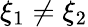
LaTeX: \xi_{1}\neq\xi_{2}